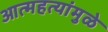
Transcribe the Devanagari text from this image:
आत्महत्यांमुळे